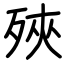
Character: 殎